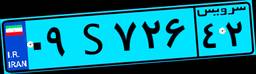
۳۱S۰۰۶۴۱